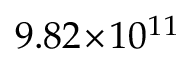
9 . 8 2 \! \times \! 1 0 ^ { 1 1 }